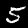
Digit: 5